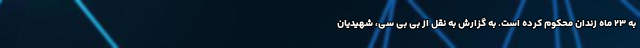
به ۲۳ ماه زندان محکوم کرده است. به گزارش به نقل از بی بی سی، شهیدیان